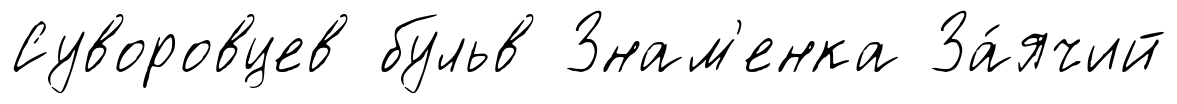
Суворовцев бульв Знам'енка За́ячий